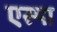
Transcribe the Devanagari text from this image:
एस्पा